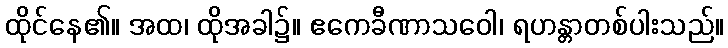
ထိုင်နေ၏။ အထ၊ ထိုအခါ၌။ ဧကေခီဏာသဝေါ၊ ရဟန္တာတစ်ပါးသည်။